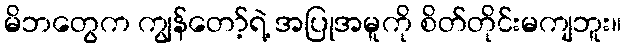
မိဘတွေက ကျွန်တော့်ရဲ့ အပြုအမူကို စိတ်တိုင်းမကျဘူး။